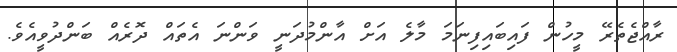
ރާއްޖެތެރޭ މީހުން ފައިބައިފިނަމަ މާލެ އަށް އާންމުދަނީ ވަންނަ އެތައް ދޮރެއް ބަންދުވީއެވެ.